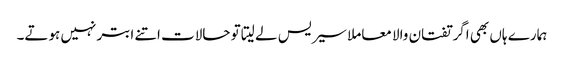
ہمارے ہاں بھی اگر تفتان والا معاملا سیریس لے لیتا تو حالات اتنے ابتر نہیں ہوتے۔